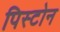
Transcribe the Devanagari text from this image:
पिस्टोन